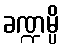
ခဏ္ဍမ္ပိ